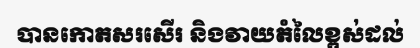
បានកោតសរសើរ និងវាយតំលៃខ្ពស់ដល់